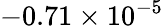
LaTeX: -0.71\times 10^{-5}